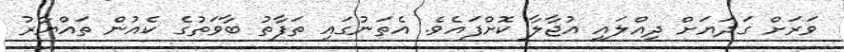
ވަރަށް ގަދަޔަށް ދިއްލައި އުޖާލާ ކޮށްފައެވެ. އެތަނުގައި ތަފާތު ބާވަތުގެ ކެއުން ތައްޔާރު